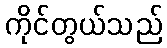
ကိုင်တွယ်သည်